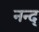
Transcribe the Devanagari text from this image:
नन्द्